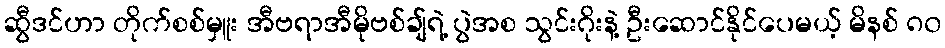
ဆွီဒင်ဟာ တိုက်စစ်မှူး အီဗရာအီမိုဗစ်ချ်ရဲ့ ပွဲအစ သွင်းဂိုးနဲ့ ဦးဆောင်နိုင်ပေမယ့် မိနစ် ၈၀